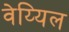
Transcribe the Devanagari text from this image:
वेय्यिल